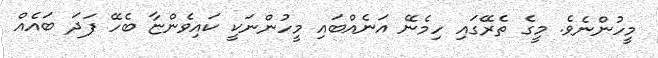
މީހުންނެވެ. މީގެ ތެރޭގައި ހިމެނޭ އަނެއްބައި މީހުންނަކީ ކައިވެންޏާ ބެހޭ ފަދަ ބައެއް